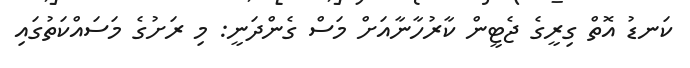
ކަނޑު އޮތް ގިރީގެ ޖެޓީން ކާރުހާނާއަށް މަސް ގެންދަނީ: މި ރަށުގެ މަސައްކަތުގައި